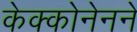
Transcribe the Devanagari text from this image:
केक्कोनेनने